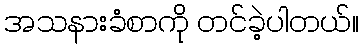
အသနားခံစာကို တင်ခဲ့ပါတယ်။